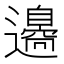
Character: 𨘢